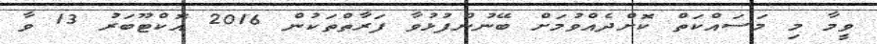
ވީމާ މި މަސައްކަތް ކޮށްދެއްވުމަށް ބޭނުންފުޅުވާ ފަރާތްތަކުން 2016 އޮކްޓޫބަރު 13 ވާ